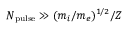
N _ { \mathrm { p u l s e } } \gg ( m _ { i } / m _ { e } ) ^ { 1 / 2 } / Z